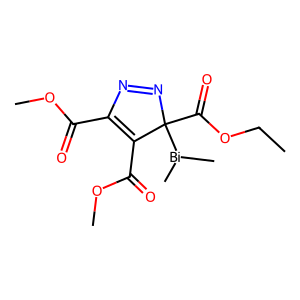
SMILES: CCOC(=O)C1([Bi](C)C)N=NC(C(=O)OC)=C1C(=O)OC
Inhibits HIV replication: No